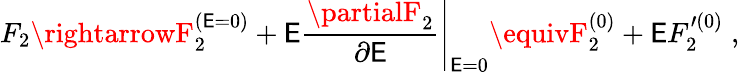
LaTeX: F_{2}\rightarrowF_{2}^{(\mathsf{E}=0)}+\mathsf{E}\left.{\frac{{\partialF_{2}}}{{\partial\mathsf{E}}}}\right\vert_{\mathsf{E}=0}\equivF_{2}^{(0)}+\mathsf{E}F_{2}^{\prime(0)}\; ,